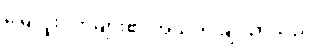
မြေလူးငှက်များ၏ အသံက ချိုသာသည်။